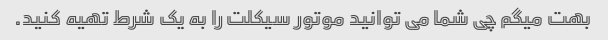
بهت میگم چی شما می توانید موتور سیکلت را به یک شرط تهیه کنید.